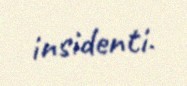
insidenti.